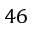
4 6